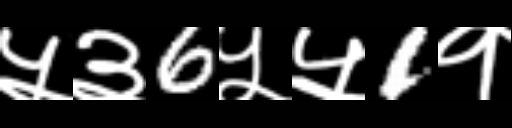
Text: ५३6५५1१